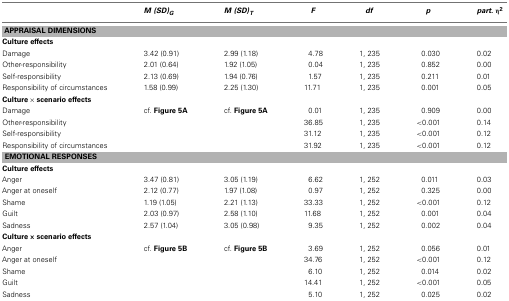
<table><thead><tr><td></td><td><b><i>M</i><i>(SD)<sub>G</sub></i></b></td><td><b><i>M</i><i>(SD) <sub>T</sub></i></b></td><td><b><i>F</i></b></td><td><b><i>df</i></b></td><td><b><i>p</i></b></td><td><b><i>part</i>. η<sup>2</sup></b></td></tr></thead><tbody><tr><td colspan="7"><b>APPRAISAL DIMENSIONS</b></td></tr><tr><td colspan="7"><b>Culture effects</b></td></tr><tr><td>Damage</td><td>3.42 (0.91)</td><td>2.99 (1.18)</td><td>4.78</td><td>1, 235</td><td>0.030</td><td>0.02</td></tr><tr><td>Other-responsibility</td><td>2.01 (0.64)</td><td>1.92 (1.05)</td><td>0.04</td><td>1, 235</td><td>0.852</td><td>0.00</td></tr><tr><td>Self-responsibility</td><td>2.13 (0.69)</td><td>1.94 (0.76)</td><td>1.57</td><td>1, 235</td><td>0.211</td><td>0.01</td></tr><tr><td>Responsibility of circumstances</td><td>1.58 (0.99)</td><td>2.25 (1.30)</td><td>11.71</td><td>1, 235</td><td>0.001</td><td>0.05</td></tr><tr><td colspan="7"><b>Culture × scenario effects</b></td></tr><tr><td>Damage</td><td>cf. Figure 5A</td><td>cf. Figure 5A</td><td>0.01</td><td>1, 235</td><td>0.909</td><td>0.00</td></tr><tr><td>Other-responsibility</td><td></td><td></td><td>36.85</td><td>1, 235</td><td>&lt;0.001</td><td>0.14</td></tr><tr><td>Self-responsibility</td><td></td><td></td><td>31.12</td><td>1, 235</td><td>&lt;0.001</td><td>0.12</td></tr><tr><td>Responsibility of circumstances</td><td></td><td></td><td>31.92</td><td>1, 235</td><td>&lt;0.001</td><td>0.12</td></tr><tr><td colspan="7"><b>EMOTIONAL RESPONSES</b></td></tr><tr><td colspan="7"><b>Culture effects</b></td></tr><tr><td>Anger</td><td>3.47 (0.81)</td><td>3.05 (1.19)</td><td>6.62</td><td>1, 252</td><td>0.011</td><td>0.03</td></tr><tr><td>Anger at oneself</td><td>2.12 (0.77)</td><td>1.97 (1.08)</td><td>0.97</td><td>1, 252</td><td>0.325</td><td>0.00</td></tr><tr><td>Shame</td><td>1.19 (1.05)</td><td>2.21 (1.13)</td><td>33.33</td><td>1, 252</td><td>&lt;0.001</td><td>0.12</td></tr><tr><td>Guilt</td><td>2.03 (0.97)</td><td>2.58 (1.10)</td><td>11.68</td><td>1, 252</td><td>0.001</td><td>0.04</td></tr><tr><td>Sadness</td><td>2.57 (1.04)</td><td>3.05 (0.98)</td><td>9.35</td><td>1, 252</td><td>0.002</td><td>0.04</td></tr><tr><td colspan="7"><b>Culture × scenario effects</b></td></tr><tr><td>Anger</td><td>cf. Figure 5B</td><td>cf. Figure 5B</td><td>3.69</td><td>1, 252</td><td>0.056</td><td>0.01</td></tr><tr><td>Anger at oneself</td><td></td><td></td><td>34.76</td><td>1, 252</td><td>&lt;0.001</td><td>0.12</td></tr><tr><td>Shame</td><td></td><td></td><td>6.10</td><td>1, 252</td><td>0.014</td><td>0.02</td></tr><tr><td>Guilt</td><td></td><td></td><td>14.41</td><td>1, 252</td><td>&lt;0.001</td><td>0.05</td></tr><tr><td>Sadness</td><td></td><td></td><td>5.10</td><td>1, 252</td><td>0.025</td><td>0.02</td></tr></tbody></table>